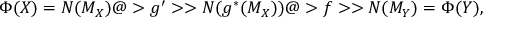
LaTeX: \Phi ( X ) = N ( M _ { X } ) @ > g ^ { \prime } > > N ( g ^ { * } ( M _ { X } ) ) @ > f > > N ( M _ { Y } ) = \Phi ( Y ) ,